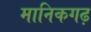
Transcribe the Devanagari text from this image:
मानिकगढ़